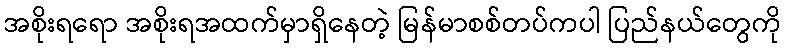
အစိုးရရော အစိုးရအထက်မှာရှိနေတဲ့ မြန်မာစစ်တပ်ကပါ ပြည်နယ်တွေကို